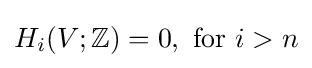
H_{i}(V;\mathbb {Z} )=0,{\text{ for }}i>n